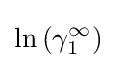
\ln \left(\gamma _{1}^{\infty }\right)